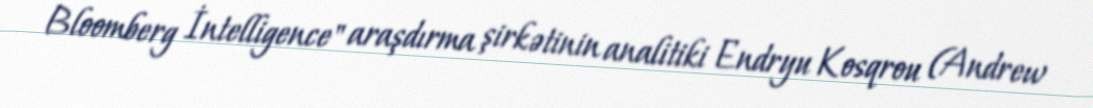
Bloomberg İntelligence" araşdırma şirkətinin analitiki Endryu Kosqrou (Andrew